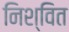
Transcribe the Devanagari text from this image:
निश्वित